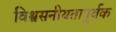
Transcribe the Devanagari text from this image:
विश्वसनीयतापूर्वक